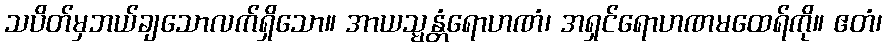
သပိတ်မှဘယ်ချသောလက်ရှိသော။ အာယသ္မန္တံရောဟဏံ၊ အရှင်ရောဟဏမထေရ်ကို။ ဧတံ၊